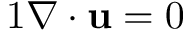
\begin{array} { r } { { 1 } \nabla \cdot \mathbf { u } = 0 } \end{array}